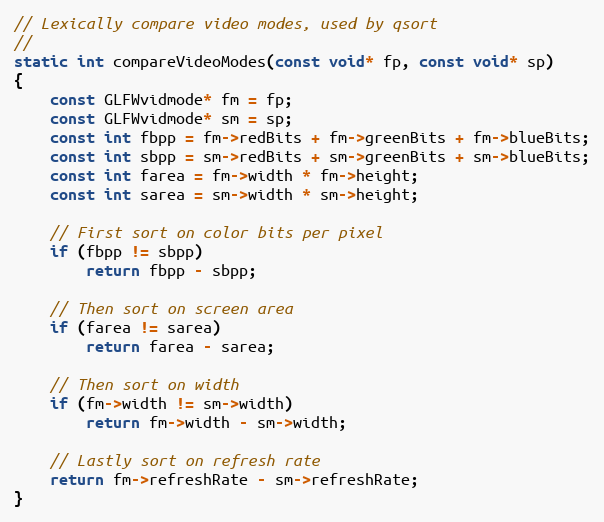
Language: C
// Lexically compare video modes, used by qsort
//
static int compareVideoModes(const void* fp, const void* sp)
{
    const GLFWvidmode* fm = fp;
    const GLFWvidmode* sm = sp;
    const int fbpp = fm->redBits + fm->greenBits + fm->blueBits;
    const int sbpp = sm->redBits + sm->greenBits + sm->blueBits;
    const int farea = fm->width * fm->height;
    const int sarea = sm->width * sm->height;

    // First sort on color bits per pixel
    if (fbpp != sbpp)
        return fbpp - sbpp;

    // Then sort on screen area
    if (farea != sarea)
        return farea - sarea;

    // Then sort on width
    if (fm->width != sm->width)
        return fm->width - sm->width;

    // Lastly sort on refresh rate
    return fm->refreshRate - sm->refreshRate;
}